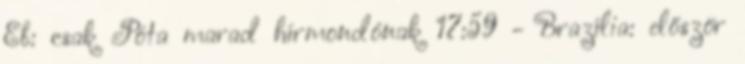
Eb: csak Póta marad hírmondónak 17:59 - Brazília: először